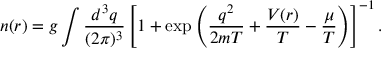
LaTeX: n ( r ) = g \int \frac { d ^ { 3 } q } { ( 2 \pi ) ^ { 3 } } \left[ 1 + \exp \left( \frac { q ^ { 2 } } { 2 m T } + \frac { V ( r ) } { T } - \frac { \mu } { T } \right) \right] ^ { - 1 } .